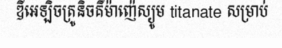
ឌីអេឡិចត្រូនិចគឺម៉ាញ៉េស្យូម titanate សម្រាប់